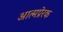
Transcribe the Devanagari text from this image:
आत्मप्रेरक